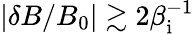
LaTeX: |\delta B/B_{0}|\gtrsim 2\beta_{\mathrm{i}}^{-1}